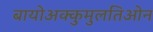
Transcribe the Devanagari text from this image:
बायोअक्कुमुलतिओन